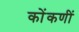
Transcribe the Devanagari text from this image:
कोंकणीं